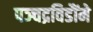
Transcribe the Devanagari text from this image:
पञ्चद्रविडौंमे